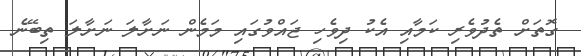
ގޮތަށް ތެދުވެރި ކަމާއި އެކު ދިވެހި ޖައްވުގައި މަމެން ނަށާލަ ނަށާލަ ތިބޭނެ